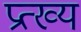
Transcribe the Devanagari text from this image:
प्रत्ख्य